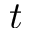
t